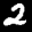
Label: 2